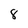
Character: 8